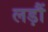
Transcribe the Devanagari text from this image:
लड़ौं